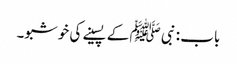
باب : نبی ﷺ کے پسینے کی خوشبو۔